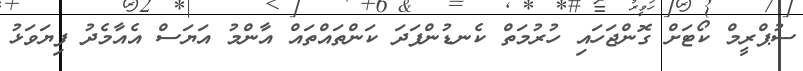
ސުޕްރީމް ކޯޓަށް ގޮންޖަހައި ހުރުމަތް ކެނޑުންފަދަ ކަންތައްތައް އާންމު އަޔަސް އެއާމެދު ފިޔަވަޅު